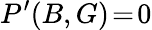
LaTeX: P^{\prime}(B,G)\! =\! 0